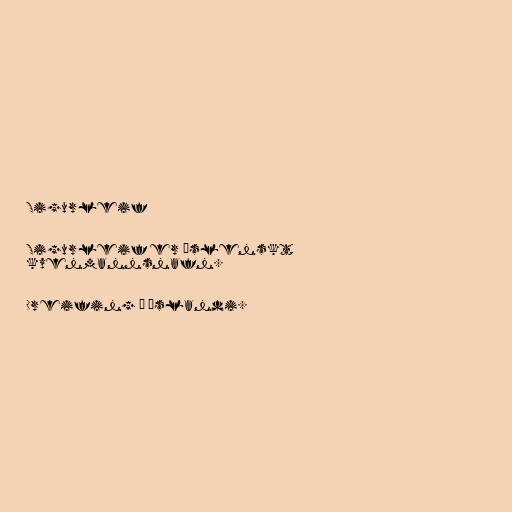
Sigurleif

Sigurleif er íslenskt
kvenmannsnafn.

Dreifing á Íslandi.